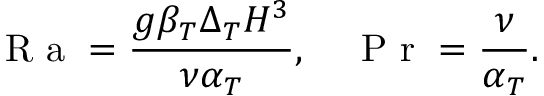
\mathrm { ~ R ~ a ~ } = \frac { g \beta _ { T } \Delta _ { T } H ^ { 3 } } { \nu \alpha _ { T } } , \ \ \ \mathrm { ~ P ~ r ~ } = \frac { \nu } { \alpha _ { T } } .